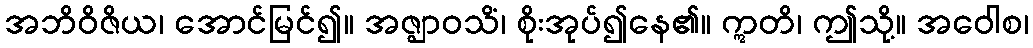
အဘိဝိဇိယ၊ အောင်မြင်၍။ အဇ္ဈာဝသိံ၊ စိုးအုပ်၍နေ၏။ ဣတိ၊ ဤသို့။ အဝေါစ၊